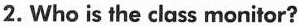
2. Who is the class monitor?